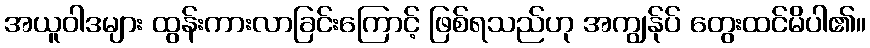
အယူဝါဒများ ထွန်းကားလာခြင်းကြောင့် ဖြစ်ရသည်ဟု အကျွန်ုပ် တွေးထင်မိပါ၏။